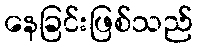
နေခြင်းဖြစ်သည်